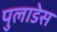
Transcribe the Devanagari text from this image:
पुलाडेस